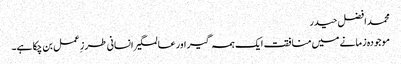
محمد افضل حیدر
موجودہ زمانے میں منافقت ایک ہمہ گیر اور عالمگیر انسانی طرز ِعمل بن چکا ہے۔